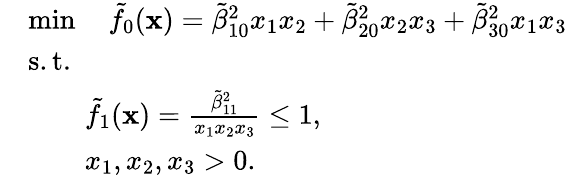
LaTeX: \begin{array}{rl}&{\operatorname*{min}\quad\tilde{f}_{0}(\textbf{x})=\tilde{\beta}_{10}^{2}x_{1}x_{2}+\tilde{\beta}_{20}^{2}x_{2}x_{3}+\tilde{\beta}_{30}^{2}x_{1}x_{3}}\\ &{\mathrm{s.t.}}\\ &{\qquad\tilde{f}_{1}(\textbf{x})=\frac{\tilde{\beta}_{11}^{2}}{x_{1}x_{2}x_{3}}\leq 1,}\\ &{\qquad x_{1},x_{2},x_{3}>0.}\end{array}